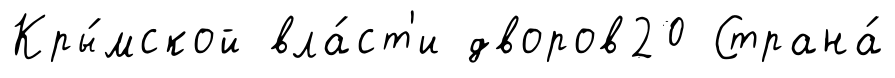
Кры́мской вла́ст'и дворов20 Страна́